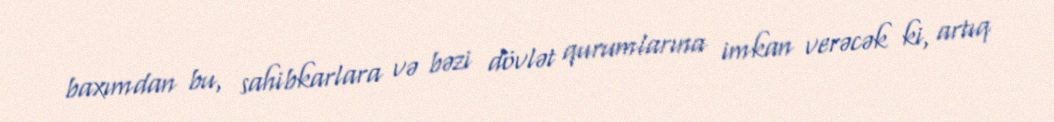
baxımdan bu, sahibkarlara və bəzi dövlət qurumlarına imkan verəcək ki, artıq